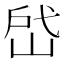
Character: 𰎣